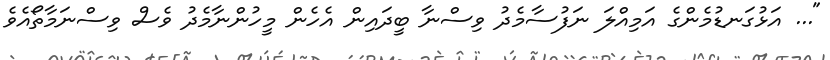
"... އަޅުގަނޑުމެންގެ އަމިއްލަ ނަފުސާމެދު ވިސްނާ ބީދައިން އެހެން މީހުންނާމެދު ވެސް ވިސްނަމާތޯއެވެ